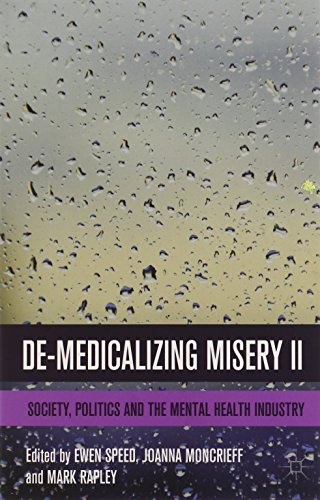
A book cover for De-Medicalizing Misery II: Society, Politics and the Mental Health Industry; Medical Books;